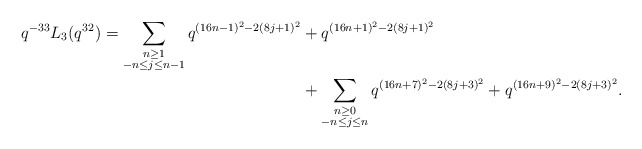
\begin{align*} \begin{aligned}q^{-33} L_3(q^{32}) = \sum_{\substack{n \geq 1 \\ -n \leq j \leq n-1}} q^{(16n-1)^2 - 2(8j+1)^2} & + q^{(16n+1)^2 - 2(8j+1)^2} \\& + \sum_{\substack{n \geq 0 \\ -n \leq j \leq n}} q^{(16n+7)^2 - 2(8j+3)^2} + q^{(16n+9)^2 - 2(8j+3)^2}.\end{aligned}\end{align*}